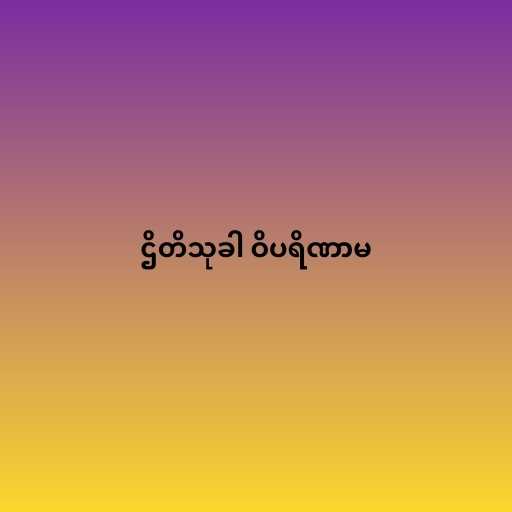
ဌိတိသုခါ ဝိပရိဏာမ